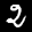
Label: 2